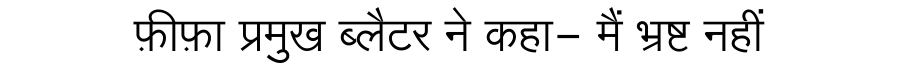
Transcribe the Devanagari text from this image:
फ़ीफ़ा प्रमुख ब्लैटर ने कहा- मैं भ्रष्ट नहीं